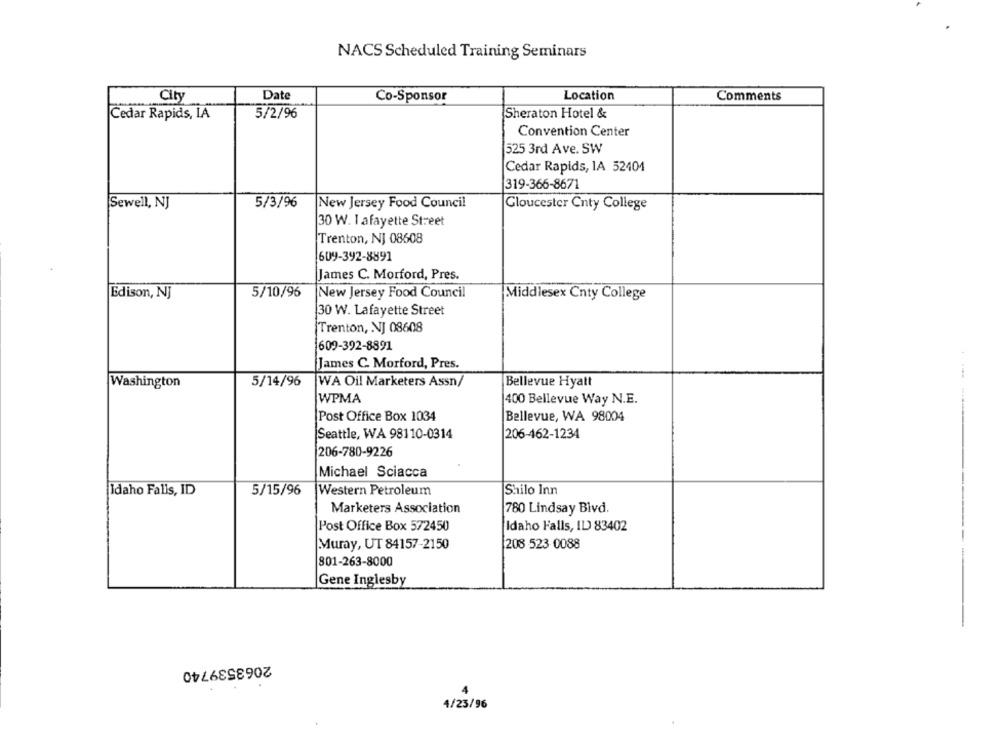
NACS Scheduled Training Seminars
Date
Location
Comments
City
Co-Sponsor
Cedar Rapids, LA
5/2/96
Sheraton Hotel &
Convention Center
525 3rd Ave. SW
Cedar Rapids, IA 52404
319-366-8671
Sewell, NJ
5/3/96
New Jersey Food Council
Gloucester Cnty College
30 W. 1 afayette Street
Trenton, NJ 08608
609-392-8891
James C. Morford, Pres.
Edison, NJ
5/10/96
New Jersey Food Council
Middlesex Cnty College
30 W. Lafayette Street
Trenton, NJ 08608
609-392-8891
James C. Morford, Pres.
Washington
5/14/96
WA Oil Marketers Assn/
Bellevue Hyatt
WPMA
400 Bellevue Way N.E.
Post Office Box 1034
Bellevue, WA 98004
Seattle, WA 98110-0314
206-462-1234
206-780-9226
Michael Sciacca
Idaho Falls, ID
5/15/96
Western Petroleum
Shilo Inn
Marketers Association
780 Lindsay Blvd.
Post Office Box 572450
Idaho Falls, ID 83402
Muray, UT 84157-2150
208 523-0088
---
801-263-8000
Gene Inglesby
2063539740
4
4/23/96